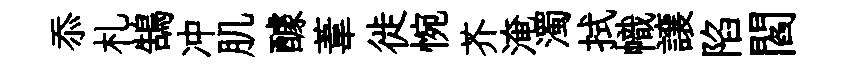
忝札鵠冲肌醵葦徙惋芥淹濁拭幟譲陷閻